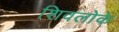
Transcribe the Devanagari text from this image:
शिवलोके